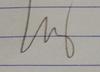
Signature authenticity: genuine